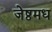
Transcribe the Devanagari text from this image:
जेष्ठमध